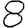
Digit: 8